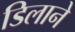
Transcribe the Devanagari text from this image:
डिलाने